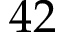
4 2